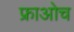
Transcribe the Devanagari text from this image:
फ्राओच